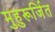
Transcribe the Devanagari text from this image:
मुहुरूर्जित